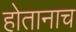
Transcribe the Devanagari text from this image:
होतानाच